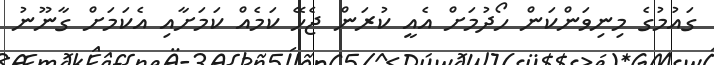
ގައުމުގެ މިނިވަންކަން ހޯދުމަށް އެއީ ކުރަން ޖެހޭ ކަމެއް ކަމަށާއި އެކަމަށް ގާނޫނު